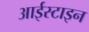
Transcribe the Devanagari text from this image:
आईस्टाइन